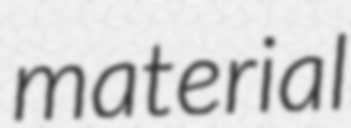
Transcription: material